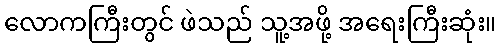
လောကကြီးတွင် ဖဲသည် သူ့အဖို့ အရေးကြီးဆုံး။